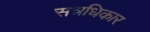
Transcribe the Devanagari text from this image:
सत्रधिकार